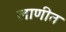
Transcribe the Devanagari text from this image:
लाणीत